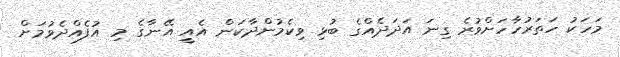
މަހަކު ހަތަރުހާހަށްވުރެ ގިނަ އަދަދެއްގެ ބުޅި ވިކެމުންދާކަން އެއީ އޭނާގެ މި އުފެއްދެވުމަށް